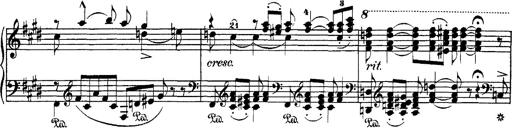
Title: Hungarian Rhapsody No.1
Composer: Franz Liszt
Key: C-sharp minor